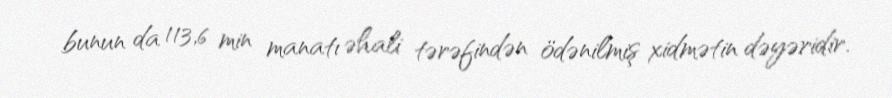
bunun da 113,6 min manatı əhali tərəfindən ödənilmiş xidmətin dəyəridir.